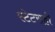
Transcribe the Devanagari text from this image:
स्टेटसही